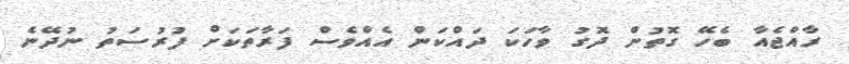
ރާއްޖެއާ ބެހޭ ގޮތުން ދޮގު ވާހަކަ ދައްކަން އެއްވެސް ފަރާތަކަށް ފުރުސަތު ނުދޭނެ